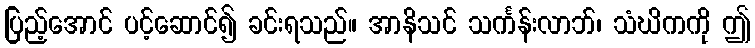
ပြည့်အောင် ပင့်ဆောင်၍ ခင်းရသည်။ အာနိသင် သင်္ကန်းလာဘ်၊ သံဃိကကို ဤ